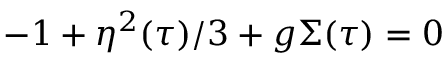
- 1 + \eta ^ { 2 } ( \tau ) / 3 + g \Sigma ( \tau ) = 0